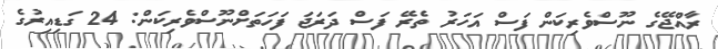
ރާއްޖޭގެ ނޫސްވެރިކަން ފަސް އަހަރު ތެރޭ ފަސް ދަރަޖަ ފަހަތަށްނޫސްވެރިކަން: 24 ގަޑިއިރުގެ